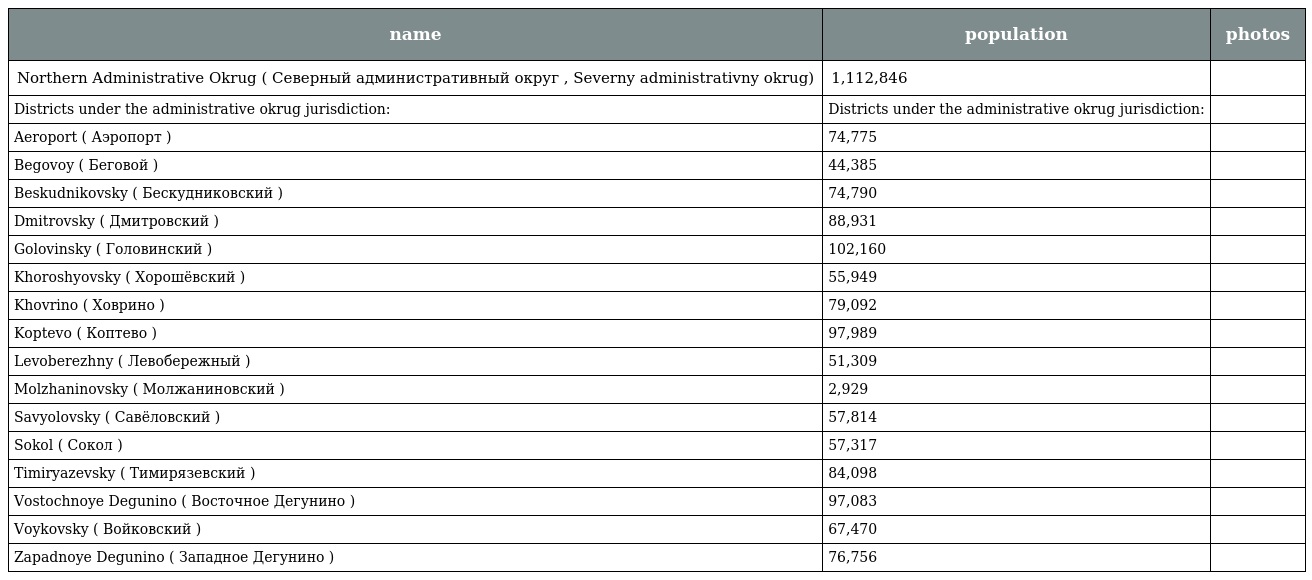
| name | population | photos |
 | --- | --- | --- |
 | Northern Administrative Okrug ( Северный административный округ , Severny administrativny okrug) | 1,112,846 |  |
 | Districts under the administrative okrug jurisdiction: | Districts under the administrative okrug jurisdiction: |  |
 | Aeroport ( Аэропорт ) | 74,775 |  |
 | Begovoy ( Беговой ) | 44,385 |  |
 | Beskudnikovsky ( Бескудниковский ) | 74,790 |  |
 | Dmitrovsky ( Дмитровский ) | 88,931 |  |
 | Golovinsky ( Головинский ) | 102,160 |  |
 | Khoroshyovsky ( Хорошёвский ) | 55,949 |  |
 | Khovrino ( Ховрино ) | 79,092 |  |
 | Koptevo ( Коптево ) | 97,989 |  |
 | Levoberezhny ( Левобережный ) | 51,309 |  |
 | Molzhaninovsky ( Молжаниновский ) | 2,929 |  |
 | Savyolovsky ( Савёловский ) | 57,814 |  |
 | Sokol ( Сокол ) | 57,317 |  |
 | Timiryazevsky ( Тимирязевский ) | 84,098 |  |
 | Vostochnoye Degunino ( Восточное Дегунино ) | 97,083 |  |
 | Voykovsky ( Войковский ) | 67,470 |  |
 | Zapadnoye Degunino ( Западное Дегунино ) | 76,756 |  |